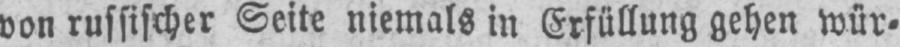
von russischer Seite niemals in Erfüllung gehen wür⸗